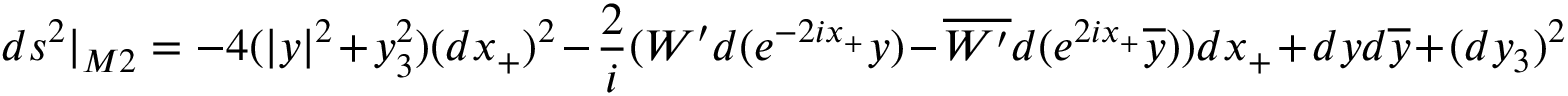
d s ^ { 2 } | _ { M 2 } = - 4 ( | y | ^ { 2 } + y _ { 3 } ^ { 2 } ) ( d x _ { + } ) ^ { 2 } - { \frac { 2 } { i } } ( W ^ { \prime } d ( e ^ { - 2 i x _ { + } } y ) - \overline { { { W ^ { \prime } } } } d ( e ^ { 2 i x _ { + } } \overline { { { y } } } ) ) d x _ { + } + d y d \overline { { { y } } } + ( d y _ { 3 } ) ^ { 2 }